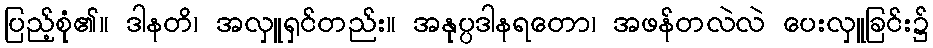
ပြည့်စုံ၏။ ဒါနတိ၊ အလှူရှင်တည်း။ အနုပ္ပဒါနရတော၊ အဖန်တလဲလဲ ပေးလှူခြင်း၌